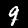
Label: 9